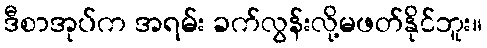
ဒီစာအုပ်က အရမ်း ခက်လွန်းလို့မဖတ်နိုင်ဘူး။